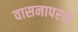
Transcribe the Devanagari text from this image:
वासनापरक